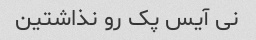
نی آیس پک رو نذاشتین